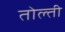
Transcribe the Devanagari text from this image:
तोल्ती